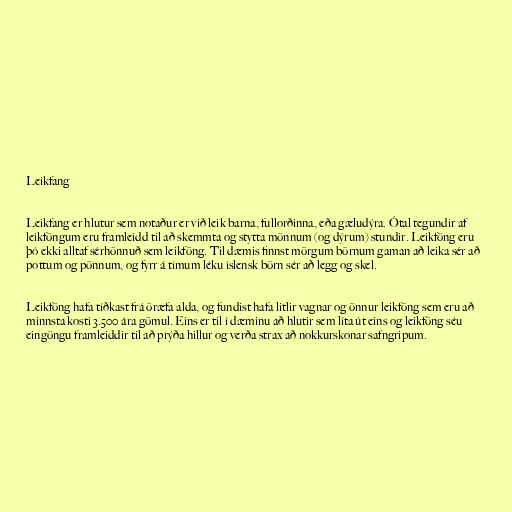
Leikfang

Leikfang er hlutur sem notaður er við leik barna, fullorðinna, eða gæludýra. Ótal tegundir af
leikföngum eru framleidd til að skemmta og stytta mönnum (og dýrum) stundir. Leikföng eru
þó ekki alltaf sérhönnuð sem leikföng. Til dæmis finnst mörgum börnum gaman að leika sér að
pottum og pönnum, og fyrr á tímum léku íslensk börn sér að legg og skel.

Leikföng hafa tíðkast frá öræfa alda, og fundist hafa litlir vagnar og önnur leikföng sem eru að
minnsta kosti 3.500 ára gömul. Eins er til í dæminu að hlutir sem líta út eins og leikföng séu
eingöngu framleiddir til að prýða hillur og verða strax að nokkurskonar safngripum.